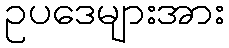
ဥပဒေများအား